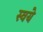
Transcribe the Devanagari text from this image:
स्वये